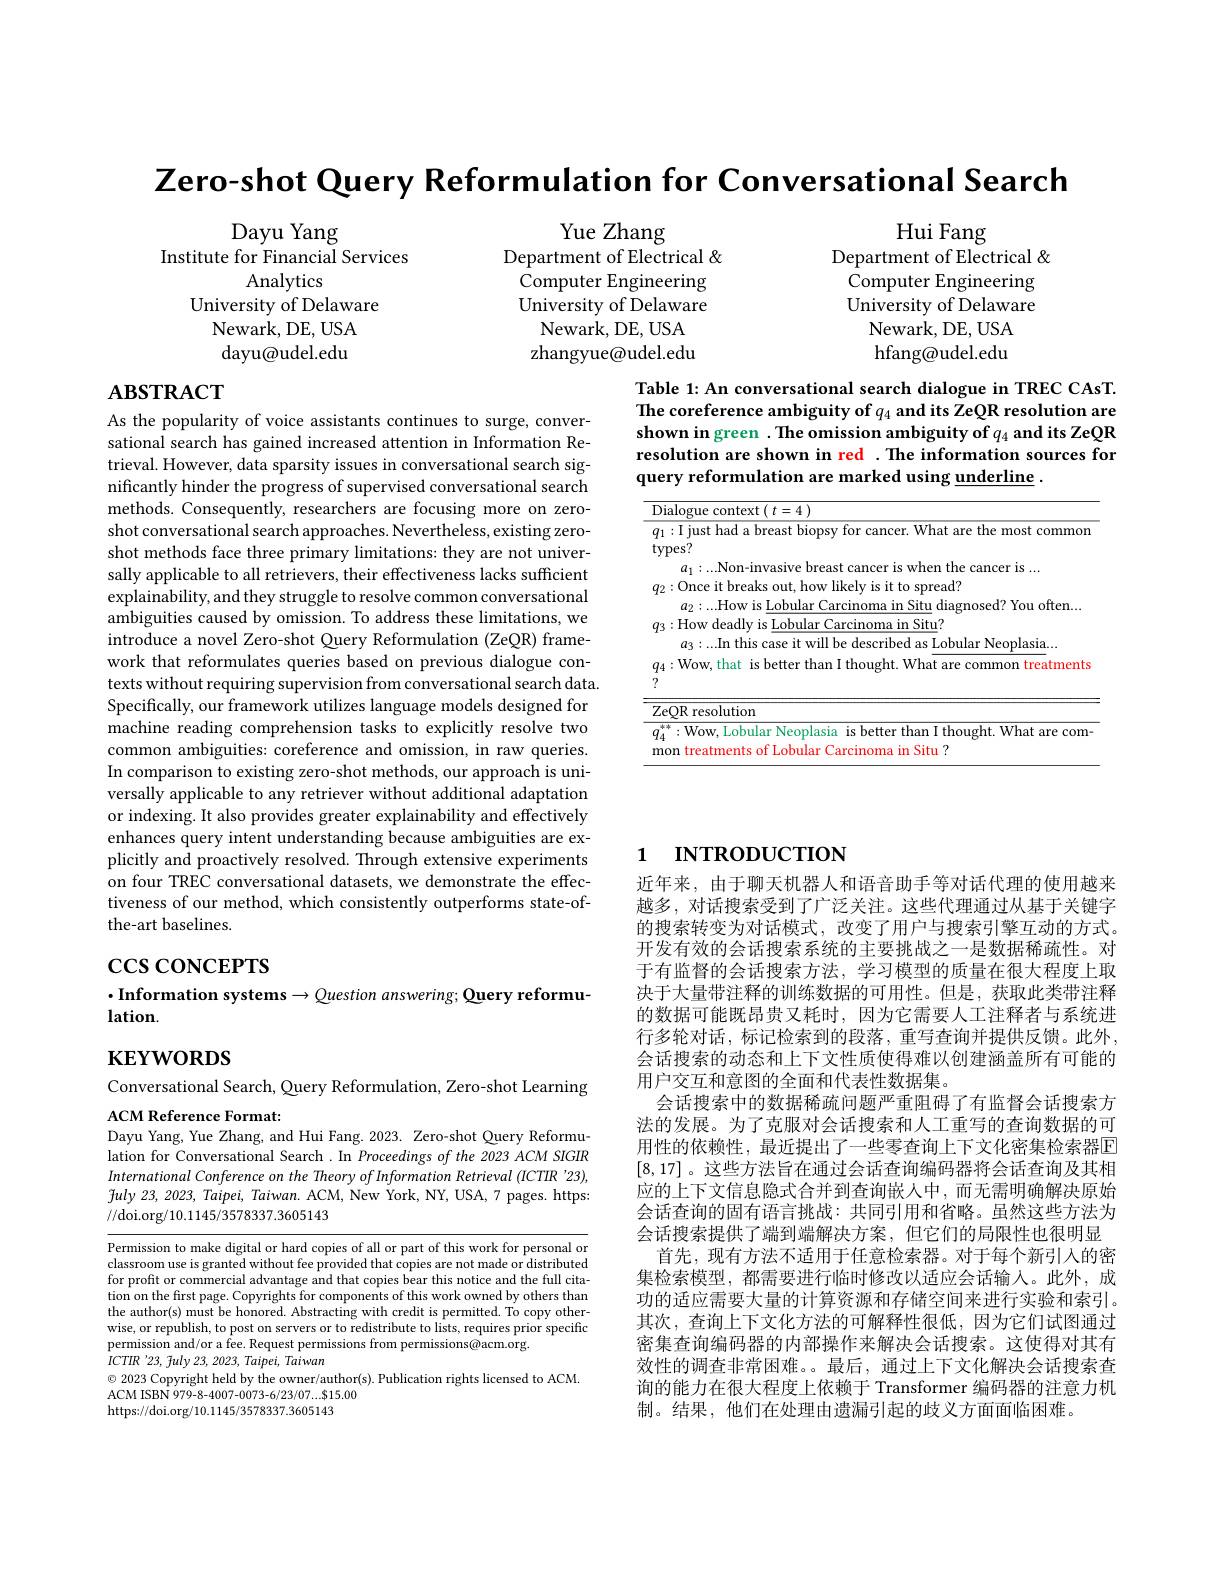
Zero-shot Query Reformulation for Conversational Search

Hui Fang
Department of Electrical & Computer Engineering University of Delaware
Newark, DE, USA hfang@udel.edu

Yue Zhang
Department of Electrical & Computer Engineering University of Delaware
Newark, DE, USA zhangyue@udel.edu

Dayu Yang
Institute for Financial Services
Analytics
University of Delaware
Newark, DE, USA dayu@udel.edu

# $\mathbf{ABSTRACT}$

Table 1: An conversational search dialogue in TREC CAsT. The coreference ambiguity of $q_{4}$ and its ZeQR resolution are shown in green $. \textbf{The omission ambiguity of}q_{4}$ and its ZeQR resolution are shown in red .The information sources for query reformulation are marked using underline .

<table>
	<tbody>
		<tr>
			<td> </td>
			<td>${\mathrm{e~context}}\left(\:t=4\:\right)$</td>
		</tr>
		<tr>
			<td> </td>
			<td>fow deadly is Lobular Carcinoma in Situ? $a_{3}:...$In this case it will be described as Lobular Neoplasia...</td>
		</tr>
		<tr>
			<td>r 1</td>
			<td>${\overline{{\text{R resolution}}}}$</td>
		</tr>
		<tr>
			<td> </td>
			<td>Wow, Lobular Neoplasia is better than I thought. What are com ahilar 1Situ 1</td>
		</tr>
	</tbody>
</table>

As the popularity of voice assistants continues to surge, conversational search has gained increased attention in Information Retrieval. However, data sparsity issues in conversational search significantly hinder the progress of supervised conversational search methods. Consequently, researchers are focusing more on zeroshot conversational search approaches. Nevertheless, existing zeroshot methods face three primary limitations: they are not universally applicable to all retrievers, their effectiveness lacks sufficient explainability, and they struggle to resolve common conversational ambiguities caused by omission. To address these limitations, we introduce a novel Zero-shot Query Reformulation (ZeQR) framework that reformulates queries based on previous dialogue contexts without requiring supervision from conversational search data. Specifically, our framework utilizes language models designed for machine reading comprehension tasks to explicitly resolve two common ambiguities: coreference and omission, in raw queries. In comparison to existing zero-shot methods, our approach is universally applicable to any retriever without additional adaptation or indexing. It also provides greater explainability and effectively enhances query intent understanding because ambiguities are explicitly and proactively resolved. Through extensive experiments on four TREC conversational datasets, we demonstrate the effectiveness of our method, which consistently outperforms state-ofthe-art baselines.

# 1 INTRODUCTION

$\csc\cos$coNCEPTS

$\cdot$Information systems$\to\textcircled{u}$uestion answering; Query reformu-
$lation.$

$\mathbf{KEYWORDS}$

Conversational Search, Query Reformulation, Zero-shot Learning
ACM Reference Format:

Dayu Yang, Yue Zhang, and Hui Fang. 2023. Zero-shot Query Reformu-

近年来，由于聊天机器人和语音助手等对话代理的使用越来越多，对话搜索受到了广泛关注。这些代理通过从基于关键字的搜索转变为对话模式，改变了用户与搜索引擎互动的方式。开发有效的会话搜索系统的主要挑战之一是数据稀疏性。对于有监督的会话搜索方法，学习模型的质量在很大程度上取决于大量带注释的训练数据的可用性。但是，获取此类带注释的数据可能既昂贵又耗时，因为它需要人工注释者与系统进行多轮对话，标记检索到的段落，重写查询并提供反馈。此外， 会话搜索的动态和上下文性质使得难以创建涵盖所有可能的用户交互和意图的全面和代表性数据集。
会话搜索中的数据稀疏问题严重阻碍了有监督会话搜索方法的发展。为了克服对会话搜索和人工重写的查询数据的可用性的依赖性，最近提出了一些零查询上下文化密集检索器$\overline{\mathrm{E}}$ [8,17] 。这些方法旨在通过会话查询编码器将会话查询及其相应的上下文信息隐式合并到查询嵌人中，而无需明确解决原始会话查询的固有语言挑战：共同引用和省略。虽然这些方法为会话搜索提供了端到端解决方案，但它们的局限性也很明显
首先，现有方法不适用于任意检索器。对于每个新引人的密集检索模型，都需要进行临时修改以适应会话输入。此外，成功的适应需要大量的计算资源和存储空间来进行实验和索引。其次，查询上下文化方法的可解释性很低，因为它们试图通过密集查询编码器的内部操作来解决会话搜索。这使得对其有效性的调查非常困难。。最后，通过上下文化解决会话搜索查询的能力在很大程度上依赖于 Transformer 编码器的注意力机制。结果，他们在处理由遗漏引起的歧义方面面临困难。

lation for Conversational Search .In Proceedings of the 2023 ACM SIGIR International Conference on the Theory of Information Retrieval (ICTIR '23), $\tilde{f}uly$ 23, 2023, Taipei, Taiwan. ACM, New York, NY, USA, 7 pages. https: //doi.org/10.1145/3578337.3605143

Permission to make digital or hard copies of all or part of this work for personal or classroom use is granted without fee provided that copies are not made or distributed for profit or commercial advantage and that copies bear this notice and the full citation on the first page. Copyrights for components of this work owned by others than the author(s) must be honored. Abstracting with credit is permitted. To copy otherwise, or republish, to post on servers or to redistribute to lists, requires prior specific permission and/or a fee. Request permissions from permissions@acm.org.
$ICTIR$ '23, 7uly 23, 2023, Taipei, Taiwan
$\odot$ 2023 Copyright held by the owner/author(s). Publication rights licensed to ACM.
ACM ISBN 979-8-4007-0073-6/23/07....$15.00
https://doi.org/10.1145/3578337.3605143